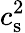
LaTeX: c_{\mathrm{s}}^{2}